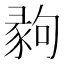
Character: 𢑪